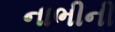
નાભીની